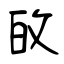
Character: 敀